Annual administration report of the Civil Veterinary Department, Ajmere-Merwara, British Rajputana - 1914-1940
Year: 1914
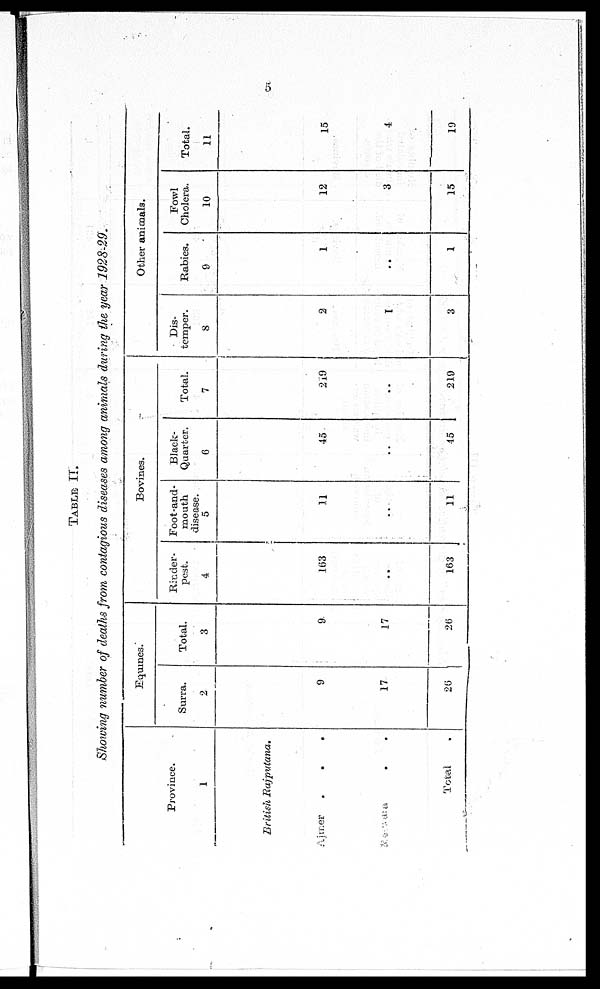
5
TABLE
II.
Showing number of deaths from contagious diseases among animals during the year 1928-29.
Province.
1
British Rajputana.
Ajmer . . .
Merwara . . .
Total .
Equines.
Surra.
2
9
17
26
Total.
3
9
17
26
Bovines.
Rinder-
pest.
4
163
..
163
Foot-and-
mouth
disease.
5
11
..
11
Black-
Quarter.
6
45
..
45
Total.
7
219
..
219
Other animals.
Dis-
temper.
8
2
1
3
Rabies.
9
1
..
1
Fowl
Cholera.
10
12
3
15
Total.
11
15
4
19